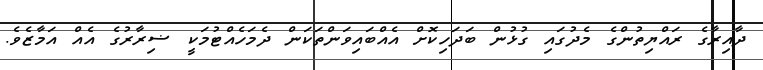
ދާއިރާގެ ރައްޔިތުންގެ މެދުގައި ގުޅުން ބަދަހިކޮށް އެއްބައިވަންތަކަން ދެމަހެއްޓުމަކީ ޟިރާރުގެ އެއް އަމާޒެވެ.